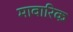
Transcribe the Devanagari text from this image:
मावारिक